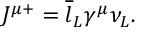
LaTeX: J ^ { \mu + } = \overline { { { l } } } _ { L } \gamma ^ { \mu } \nu _ { L } .